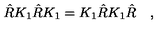
\hat { R } K _ { 1 } \hat { R } K _ { 1 } = K _ { 1 } \hat { R } K _ { 1 } \hat { R } \quad ,